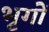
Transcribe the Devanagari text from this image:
भृगों